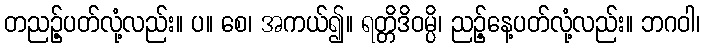
တညဉ့်ပတ်လုံ့လည်း။ ပ။ စေ၊ အကယ်၍။ ရတ္တိဒိဝမ္ပိ၊ ညဉ့်နေ့ပတ်လုံ့လည်း။ ဘဂဝါ၊